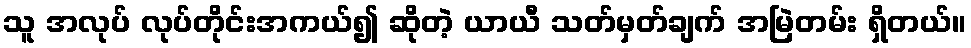
သူ အလုပ် လုပ်တိုင်းအကယ်၍ ဆိုတဲ့ ယာယီ သတ်မှတ်ချက် အမြဲတမ်း ရှိတယ်။